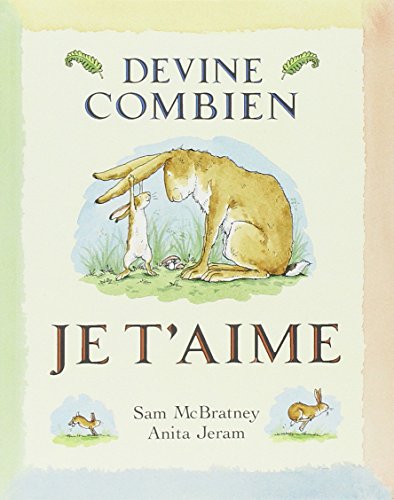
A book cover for Devine Combien Je T'Aime = Guess How Much I Love You? (French Edition); Sam McBratney; Children's Books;